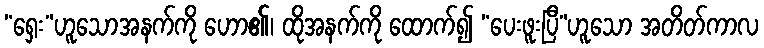
“ရှေး”ဟူသောအနက်ကို ဟော၏၊ ထိုအနက်ကို ထောက်၍ “ပေးဖူးပြီ”ဟူသော အတိတ်ကာလ